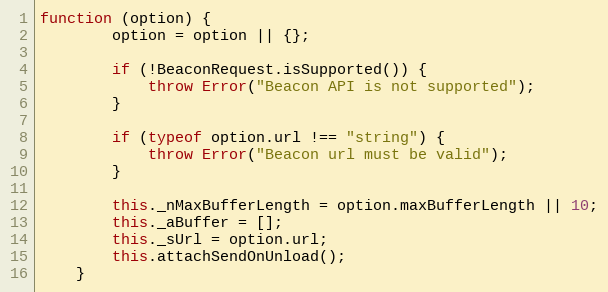
Language: JavaScript
function (option) {
		option = option || {};

		if (!BeaconRequest.isSupported()) {
			throw Error("Beacon API is not supported");
		}

		if (typeof option.url !== "string") {
			throw Error("Beacon url must be valid");
		}

		this._nMaxBufferLength = option.maxBufferLength || 10;
		this._aBuffer = [];
		this._sUrl = option.url;
		this.attachSendOnUnload();
	}